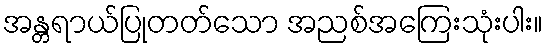
အန္တရာယ်ပြုတတ်သော အညစ်အကြေးသုံးပါး။